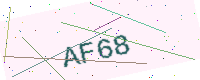
Text: AF68